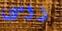
روسى